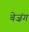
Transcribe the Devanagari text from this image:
बेज़ंग